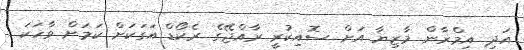
އަދި އިމްރާން މާޒިޔާ އަށް ސޮއިކުރީ ރާއްޖޭގެ ރެކޯޑް އަގަކަށް ކަމަށް ވާހަކަ